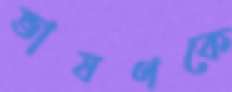
ভাষণকে